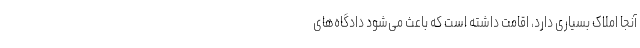
آنجا املاک بسیاری دارد، اقامت داشته است که باعث می‌شود دادگاه‌های